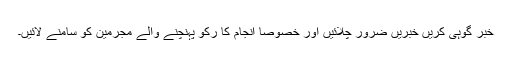
خبر گوہی کریں خبریں ضرور چلائیں اور خصوصا انجام کا رکو پہنچنے والے مجرمین کو سامنے لائیں۔